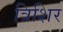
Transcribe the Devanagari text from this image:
त्रिशिर